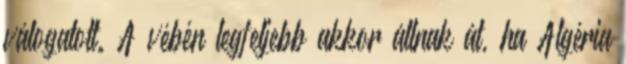
válogatott. A vébén legfeljebb akkor állnak át, ha Algéria